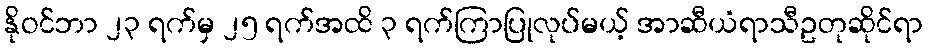
နိုဝင်ဘာ ၂၃ ရက်မှ ၂၅ ရက်အထိ ၃ ရက်ကြာပြုလုပ်မယ့် အာဆီယံရာသီဥတုဆိုင်ရာ